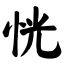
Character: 恍